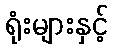
ရုံးများနှင့်